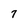
Character: 7